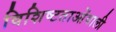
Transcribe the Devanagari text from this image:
विशिष्टताओंवाली